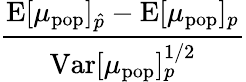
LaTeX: \frac{\mathrm{E}[\mu_{\mathrm{pop}}]_{\hat{p}}-\mathrm{E}[\mu_{\mathrm{pop}}]_{p}}{\mathrm{Var}[\mu_{\mathrm{pop}}]_{p}^{1/2}}